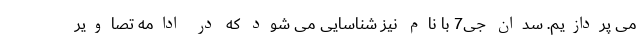
می پردازیم. سدان جی7 با نام نیز شناسایی می شود که در ادامه تصاویر